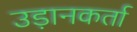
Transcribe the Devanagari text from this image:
उड़ानकर्ता